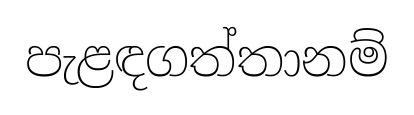
පැළඳගත්තානම්